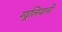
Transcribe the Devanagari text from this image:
ग्यूलियानी